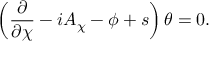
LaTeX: \left( \frac { \partial } { \partial \chi } - i A _ { \chi } - \phi + s \right) \theta = 0 .